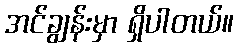
အင်ချွန်းမှာ ရှိပါတယ်။